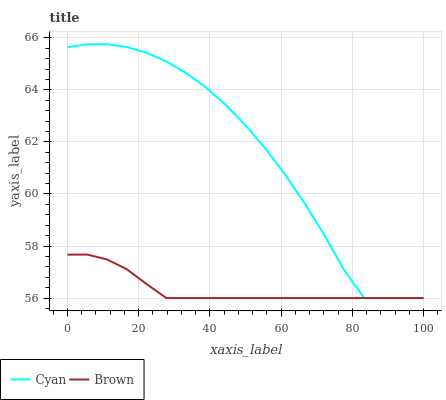
| xaxis_label | Cyan | Brown |
 | --- | --- | --- |
 | 0 | 65.6 | 57.7 |
 | 5.56 | 65.8 | 57.7 |
 | 11.1 | 65.8 | 57.5 |
 | 16.7 | 65.6 | 57.1 |
 | 22.2 | 65.4 | 56.5 |
 | 27.8 | 65.1 | 56 |
 | 33.3 | 64.6 | 56 |
 | 38.9 | 64.1 | 56 |
 | 44.4 | 63.4 | 56 |
 | 50 | 62.6 | 56 |
 | 55.6 | 61.7 | 56 |
 | 61.1 | 60.7 | 56 |
 | 66.7 | 59.6 | 56 |
 | 72.2 | 58.4 | 56 |
 | 77.8 | 57.1 | 56 |
 | 83.3 | 56 | 56 |
 | 88.9 | 56 | 56 |
 | 94.4 | 56 | 56 |
 | 100 | 56 | 56 |